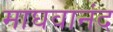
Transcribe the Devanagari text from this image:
माघवानंद